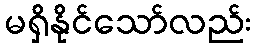
မရှိနိုင်သော်လည်း